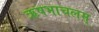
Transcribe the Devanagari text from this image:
ऋषभाचलम्